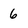
Character: 6